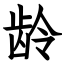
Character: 龄